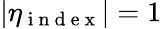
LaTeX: |\eta_{\mathrm{~i~n~d~e~x~}}|=1